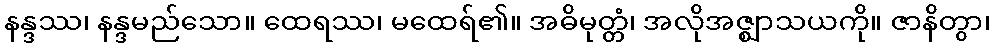
နန္ဒဿ၊ နန္ဒမည်သော။ ထေရဿ၊ မထေရ်၏။ အဓိမုတ္တံ၊ အလိုအဇ္ဈာသယကို။ ဇာနိတွာ၊